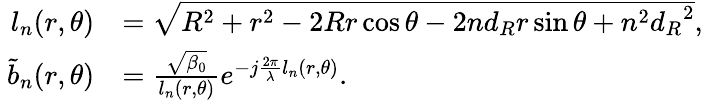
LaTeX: \begin{array}{rl}{\ {l_{n}}({r,\theta})}&{=\sqrt{{R^{2}}+{r^{2}}-2Rr\cos\theta-2n{d_{R}}r\sin\theta+{n^{2}}{d_{R}}^{2}},}\\ {\ {\tilde{b}_{n}}(r,\theta)}&{=\frac{{\sqrt{{\beta_{0}}}}}{{{l_{n}}(r,\theta)}}{e^{-j\frac{{2\pi}}{\lambda}{l_{n}}(r,\theta)}}.}\end{array}